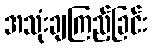
အသုံးချကြည့်ခြင်း